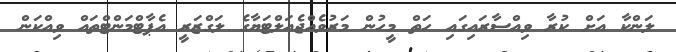
ލަންކާ އަށް ކުރާ ވިއްސާރައިގައި ހަތް މީހުން މަރުވެއްޖެއަލްޓަޔާގެ ލަގްޒަރީ އެޕާޓްމަންޓްތައް ވިއްކަން